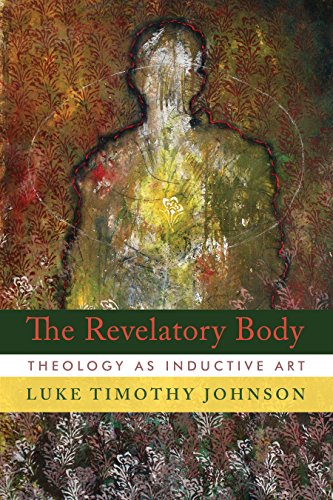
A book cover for The Revelatory Body: Theology as Inductive Art; Luke Timothy Johnson; Christian Books & Bibles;